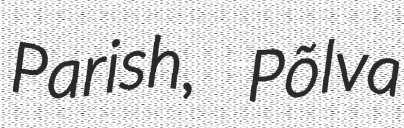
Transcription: Parish, Põlva